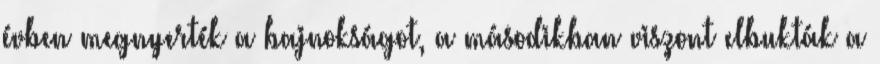
évben megnyerték a bajnokságot, a másodikban viszont elbukták a